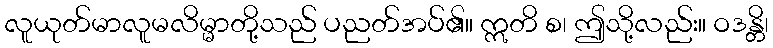
လူယုတ်မာလူမလိမ္မာတို့သည် ပညတ်အပ်၏။ ဣတိ စ၊ ဤသို့လည်း။ ဝဒန္တိ၊